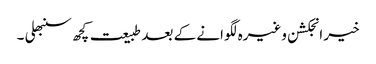
خیر انجکشن وغیرہ لگوانے کے بعد طبیعت کچھ سنبھلی ۔